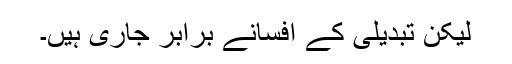
لیکن تبدیلی کے افسانے برابر جاری ہیں۔